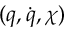
( q , \dot { q } , \chi )